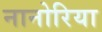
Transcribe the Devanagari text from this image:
नानोरिया